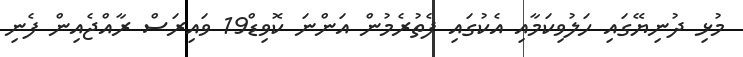
މުޅި ދުނިޔޭގައި ހަލުވިކަމާއި އެކުގައި ފެތުރެމުން އަންނަ ކޮވިޑް19 ވައިރަސް ރާއްޖެއިން ފެނި